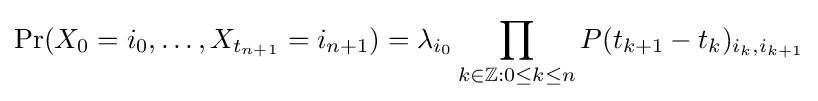
\Pr(X_{0}=i_{0},\dots ,X_{t_{n+1}}=i_{n+1})=\lambda _{i_{0}}\prod _{k\in \mathbb {Z} :0\leq k\leq n}P(t_{k+1}-t_{k})_{i_{k},i_{k+1}}